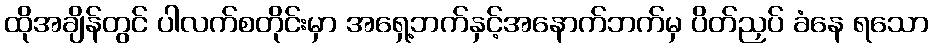
ထိုအချိန်တွင် ပါလက်စတိုင်းမှာ အရှေ့ဘက်နှင့်အနောက်ဘက်မှ ပိတ်ညှပ် ခံနေ ရသော